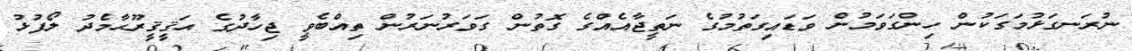
ނުރަނގަޅުމަގަކުން ހިންގަވަމުން ވަޑައިގަތުމުގެ ނަތީޖާއެއްގެ ގޮތުން ގަވަރުނަރުން ތިއްބެވީ ޖިހާދުގެ ޙަޤީޤީރޫޙާމެދު ލޯފުޅު